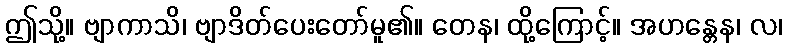
ဤသို့။ ဗျာကာသိ၊ ဗျာဒိတ်ပေးတော်မူ၏။ တေန၊ ထို့ကြောင့်။ အဟန္တေန၊ လ၊